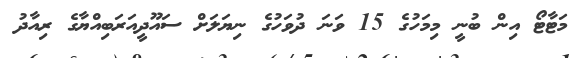
މަޓާޓޯ އިން ބުނީ މިމަހުގެ 15 ވަނަ ދުވަހުގެ ނިޔަލަށް ސައޫދީއަރަބިއްޔާގެ ރިއާދު